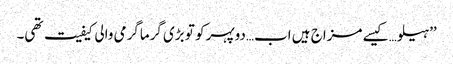
’’ہیلو…کیسے مزاج ہیں اب…دوپہر کو تو بڑی گرماگرمی والی کیفیت تھی۔